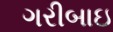
ગરીબાઇ